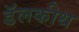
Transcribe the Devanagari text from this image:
डॅलकीथ